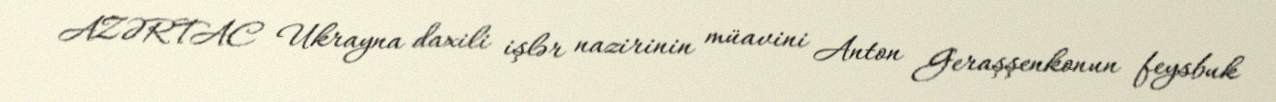
AZƏRTAC Ukrayna daxili işlər nazirinin müavini Anton Geraşşenkonun feysbuk